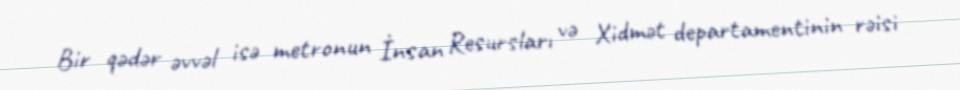
Bir qədər əvvəl isə metronun İnsan Resursları və Xidmət departamentinin rəisi